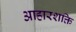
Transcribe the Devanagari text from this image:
आहारशक्ति